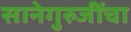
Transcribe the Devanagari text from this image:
सानेगुरुजींचा